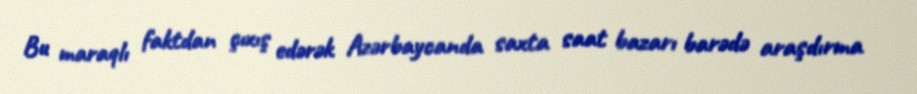
Bu maraqlı faktdan çıxış edərək Azərbaycanda saxta saat bazarı barədə araşdırma